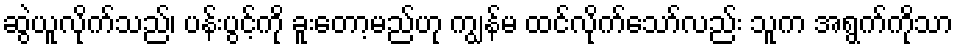
ဆွဲယူလိုက်သည်၊ ပန်းပွင့်ကို ခူးတော့မည်ဟု ကျွန်မ ထင်လိုက်သော်လည်း သူက အရွက်ကိုသာ